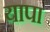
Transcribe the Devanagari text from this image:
यापा